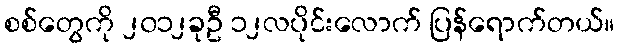
စစ်တွေကို ၂၀၁၂ခုဦ ၁၂လပိုင်းလောက် ပြန်ရောက်တယ်။